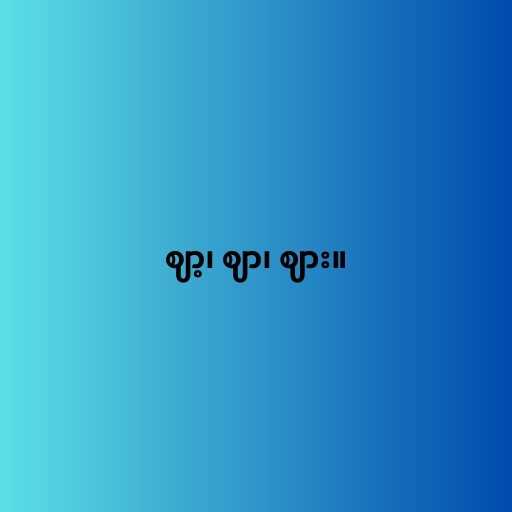
ဈာ့၊ ဈာ၊ ဈား။